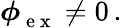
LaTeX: \boldsymbol\phi{}_{\mathrm{~e~x~}}^{}\neq 0\, .